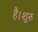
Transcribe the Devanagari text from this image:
है।शुरु